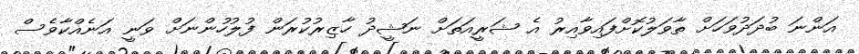
އަންނަ ބުދަދުވަހަށް ތާވަލުކޮށްފައިވާއިރު އެ ޝަރީއަތަށް ނަޝީދު ހާޒިރުކުރަން ފުލުހުންނަށް ވަނީ އަނެއްކާވެސް